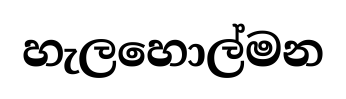
හැලහොල්මන